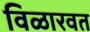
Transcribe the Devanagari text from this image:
विळारवत